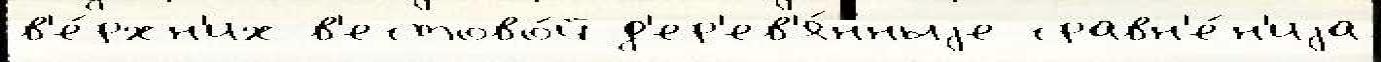
в'е́рхн'их в'естово́й д'ер'ев'я́нныjе сравн'е́н'иjа